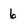
Character: 6